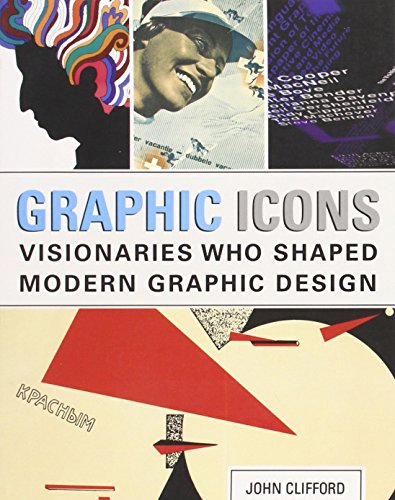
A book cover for Graphic Icons: Visionaries Who Shaped Modern Graphic Design; John Clifford; Computers & Technology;